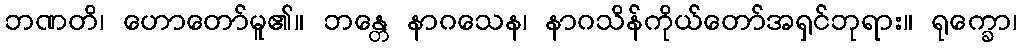
ဘဏတိ၊ ဟောတော်မူ၏။ ဘန္တေ နာဂသေန၊ နာဂသိန်ကိုယ်တော်အရှင်ဘုရား။ ရုက္ခော၊